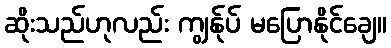
ဆိုးသည်ဟုလည်း ကျွန်ုပ် မပြောနိုင်ချေ။